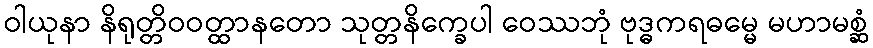
ဝါယုနာ နိရုတ္တိဝဝတ္ထာနတော သုတ္တနိက္ခေပါ ဝေဿဘုံ ဗုဒ္ဓကရဓမ္မေ မဟာမစ္ဆံ